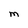
Character: M